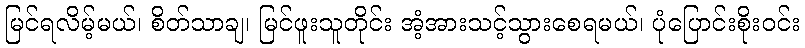
မြင်ရလိမ့်မယ်၊ စိတ်သာချ၊ မြင်ဖူးသူတိုင်း အံ့အားသင့်သွားစေရမယ်၊ ပုံပြောင်းစိုးဝင်း